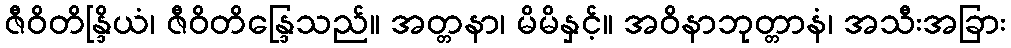
ဇီဝိတိန္ဒြိယံ၊ ဇီဝိတိန္ဒြေသည်။ အတ္တနာ၊ မိမိနှင့်။ အဝိနာဘုတ္တာနံ၊ အသီးအခြား